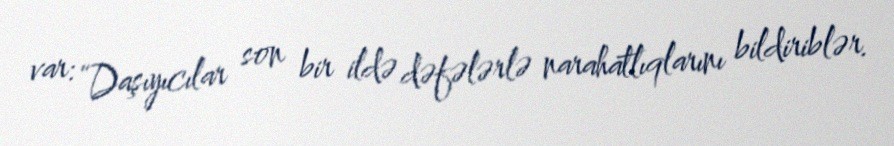
var: “Daşıyıcılar son bir ildə dəfələrlə narahatlıqlarını bildiriblər.